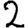
Digit: 2